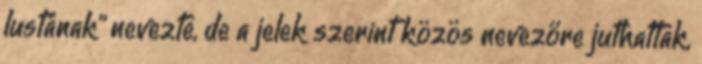
lustának” nevezte, de a jelek szerint közös nevezőre juthattak,